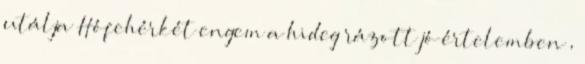
utálja Hófehérkét engem a hideg rázott jó értelemben ,